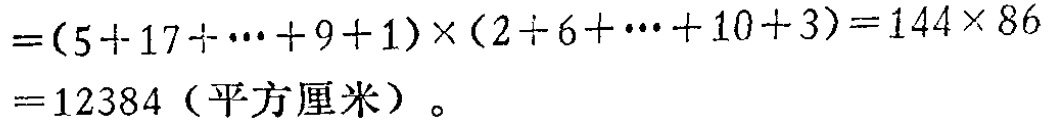
\(=(5 + 17+\cdots+9 + 1)\times(2 + 6+\cdots+10 + 3)=144\times86=12384（平方厘米）。\)